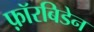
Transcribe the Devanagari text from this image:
फ़ॉरबिडेन